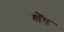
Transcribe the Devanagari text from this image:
खेंग